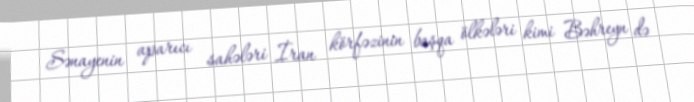
Sənayenin aparıcı sahələri İran körfəzinin başqa ölkələri kimi Bəhreyn də